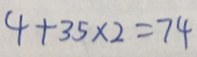
4 + 3 5 \times 2 = 7 4